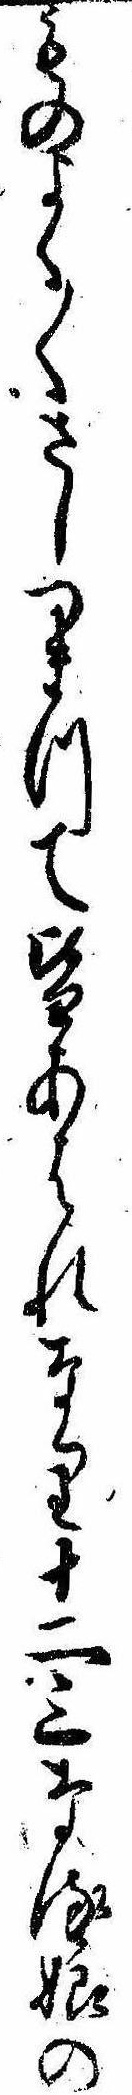
ものよく〱さしつまつて皆あはれなり十二三なる娘の